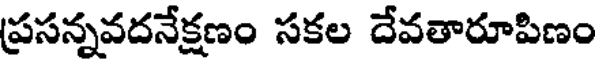
ప్రసన్నవదనేక్షణం సకల దేవతారూపిణం